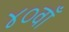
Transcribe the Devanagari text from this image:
४०वाँ